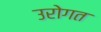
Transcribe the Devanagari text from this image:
उरोगत